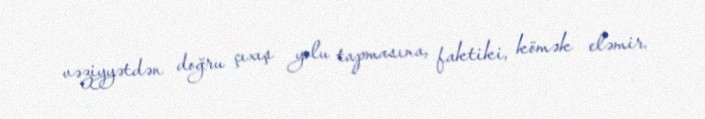
vəziyyətdən doğru çıxış yolu tapmasına, faktiki, kömək eləmir.